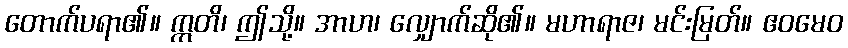
တောက်ပရာ၏။ ဣတိ၊ ဤသို့။ အာဟ၊ လျှောက်ဆို၏။ မဟာရာဇ၊ မင်းမြတ်။ ဧဝမေဝ